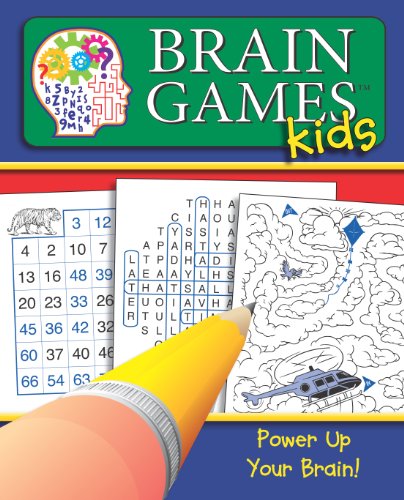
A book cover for Brain Games for Kids #1 (Brain Games Kids); Children's Books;